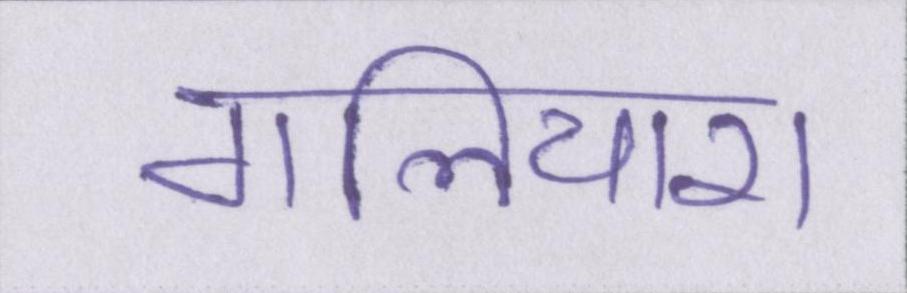
गलियारा